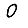
Digit: 0